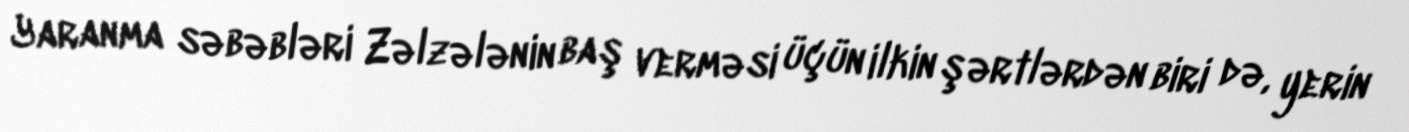
Yaranma səbəbləri Zəlzələnin baş verməsi üçün ilkin şərtlərdən biri də, yerin